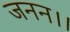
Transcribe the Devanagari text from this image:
जनन।।